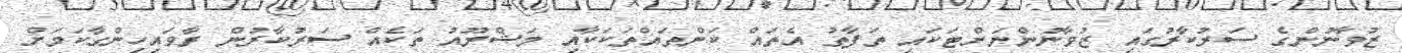
ޒުވާނުންގެ ސަރުކާރުގައި ޒުވާނުންނަށްޓަކައި ތަފާތު އެތައް ކަންތައްތަކަކާއި މަޝްރޫއު ތަކެއް ސަރުކާރުން ރާވައިހިންގާކަމަށް